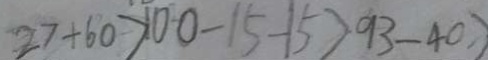
2 7 + 6 0 > 1 0 0 - 1 5 - 1 5 > 9 3 - 4 0 >